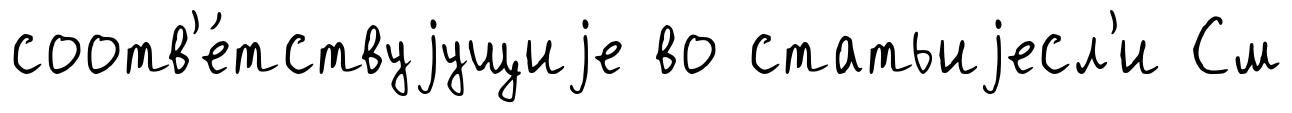
соотв'е́тствуjущиjе во статьиjесл'и См